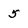
Character: 5